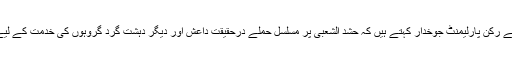
شام کے رکن پارلیمنٹ جوخدار کہتے ہیں کہ حشد الشعبی پر مسلسل حملے درحقیقت داعش اور دیگر دہشت گرد گروہوں کی خدمت کے لیے ہیں۔